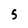
Character: 5